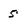
Character: 5